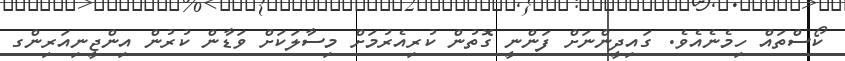
ކޯސްތައް ހިމެނެއެވެ. ގައިދީންނަށް ފަންނީ ގޮތުން ކުރިއެރުމަށް މިސާލަކަށް ވަޑާން ކުރުން އިންޖީނިއަރިންގ